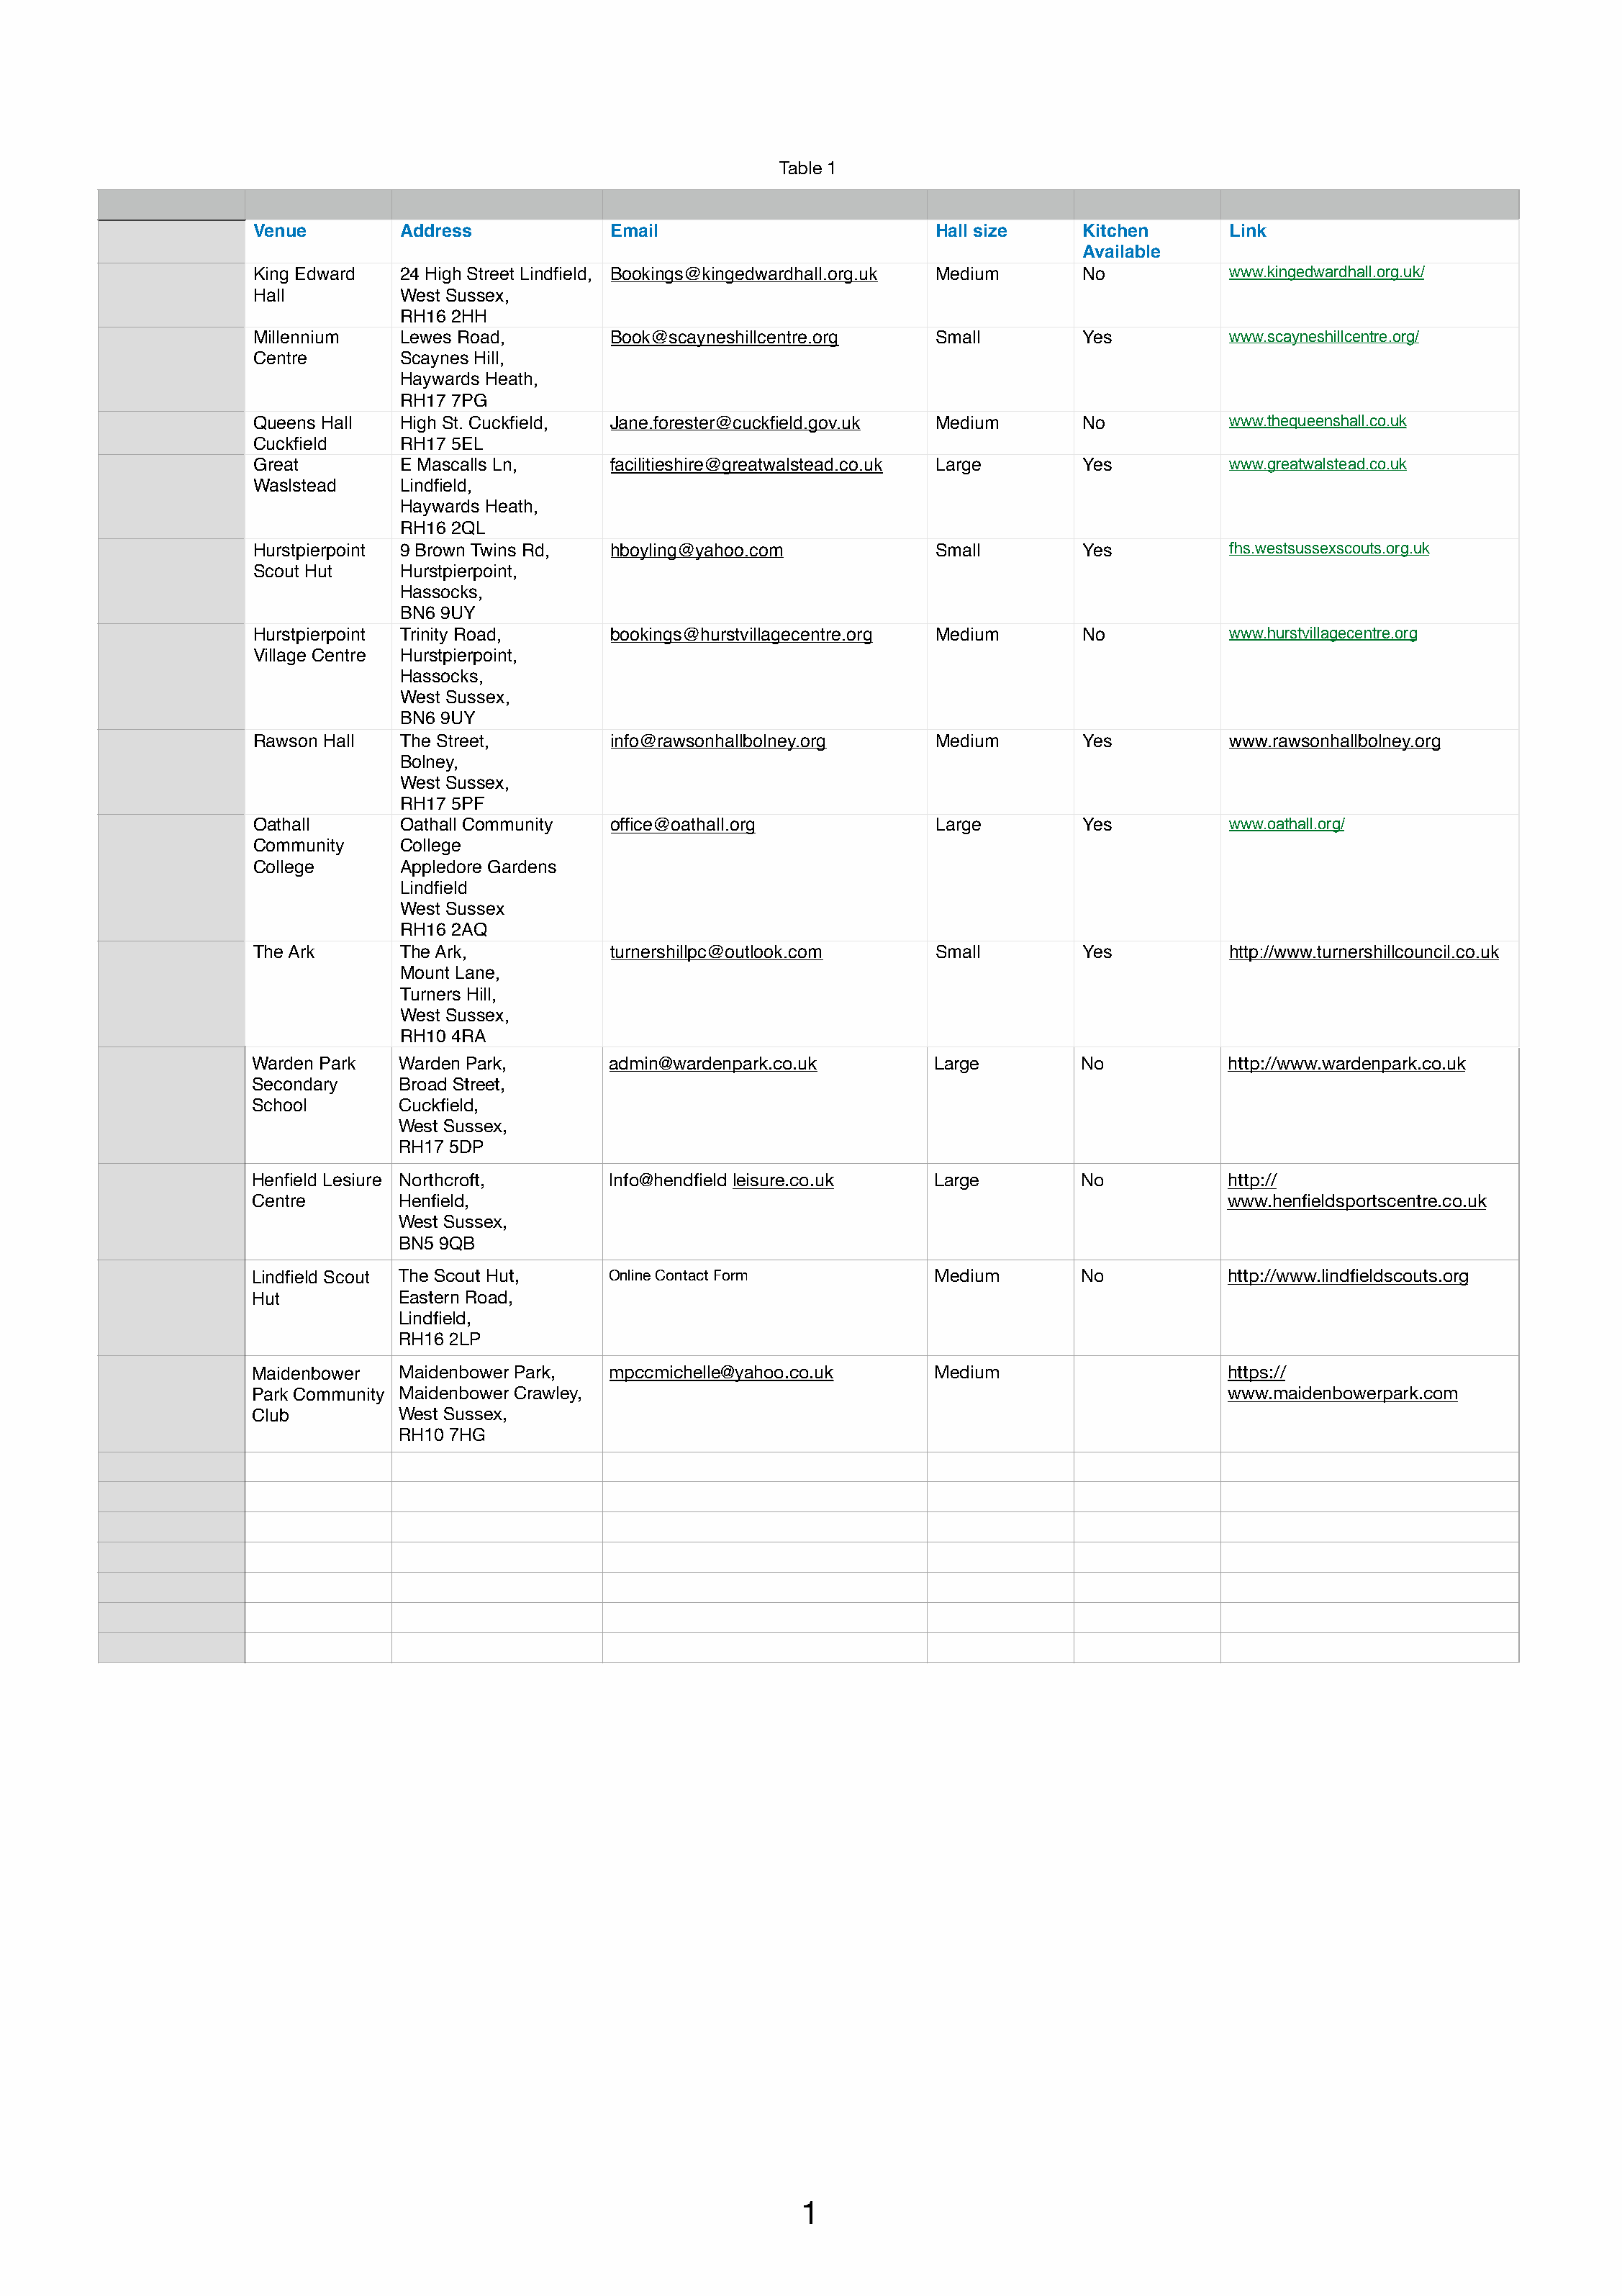
Table 1
 Venue         Address            Email                         Hall size     Kitchen      Link
 Available
 King Edward   24 High Street Lindfield, Bookings@kingedwardhall.org.uk Medium No          www.kingedwardhall.org.uk/
 Hall          West Sussex,
 RH16 2HH
 Millennium    Lewes Road,        Book@scayneshillcentre.org    Small         Yes          www.scayneshillcentre.org/
 Centre        Scaynes Hill,
 Haywards Heath,
 RH17 7PG
 Queens Hall   High St. Cuckfield, Jane.forester@cuckfield.gov.uk Medium      No           www.thequeenshall.co.uk
 Cuckfield     RH17 5EL
 Great         E Mascalls Ln,     facilitieshire@greatwalstead.co.uk Large    Yes          www.greatwalstead.co.uk
 Waslstead     Lindfield,
 Haywards Heath,
 RH16 2QL
 Hurstpierpoint 9 Brown Twins Rd, hboyling@yahoo.com            Small         Yes          fhs.westsussexscouts.org.uk
 Scout Hut     Hurstpierpoint,
 Hassocks,
 BN6 9UY
 Hurstpierpoint Trinity Road,     bookings@hurstvillagecentre.org Medium      No           www.hurstvillagecentre.org
 Village Centre Hurstpierpoint,
 Hassocks,
 West Sussex,
 BN6 9UY
 Rawson Hall   The Street,        info@rawsonhallbolney.org     Medium        Yes          www.rawsonhallbolney.org
 Bolney,
 West Sussex,
 RH17 5PF
 Oathall       Oathall Community  office@oathall.org            Large         Yes          www.oathall.org/
 Community     College
 College       Appledore Gardens
 Lindfield
 West Sussex
 RH16 2AQ
 The Ark       The Ark,           turnershillpc@outlook.com     Small         Yes          http://www.turnershillcouncil.co.uk
 Mount Lane,
 Turners Hill,
 West Sussex,
 RH10 4RA
 Warden Park   Warden Park,       admin@wardenpark.co.uk        Large        No            http://www.wardenpark.co.uk
 Secondary     Broad Street,
 School        Cuckfield,
 West Sussex,
 RH17 5DP
 Henfield Lesiure Northcroft,     Info@hendfield leisure.co.uk  Large        No            http://
 Centre        Henfield,                                                                   www.henfieldsportscentre.co.uk
 West Sussex,
 BN5 9QB
 Lindfield Scout The Scout Hut,   Online Contact Form           Medium       No            http://www.lindfieldscouts.org
 Hut           Eastern Road,
 Lindfield,
 RH16 2LP
 Maidenbower   Maidenbower Park,  mpccmichelle@yahoo.co.uk      Medium                     https://
 Park Community Maidenbower Crawley,                                                       www.maidenbowerpark.com
 Club          West Sussex,
 RH10 7HG
 1